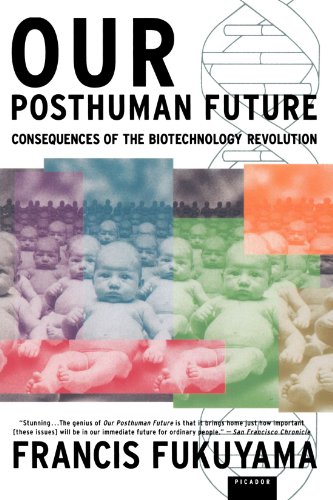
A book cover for Our Posthuman Future: Consequences of the Biotechnology Revolution; Francis Fukuyama; Medical Books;